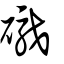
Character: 礟